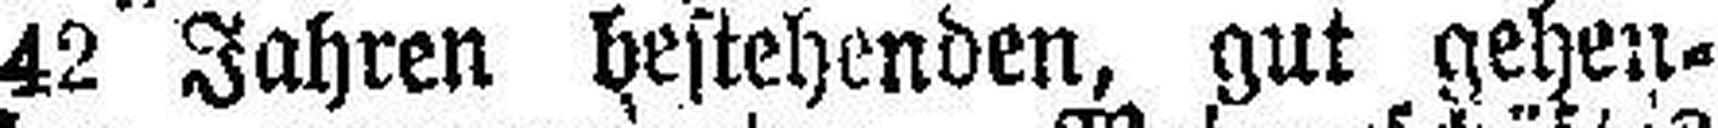
42 Jahren bestehenden, gut gehen¬